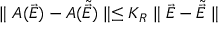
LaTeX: \parallel { \cal A } ( \vec { E } ) - { \cal A } ( \tilde { \vec { E } } ) \parallel \leq K _ { R } \parallel \vec { E } - \tilde { \vec { E } } \parallel